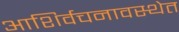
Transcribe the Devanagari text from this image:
आशिर्वचनावस्थेत